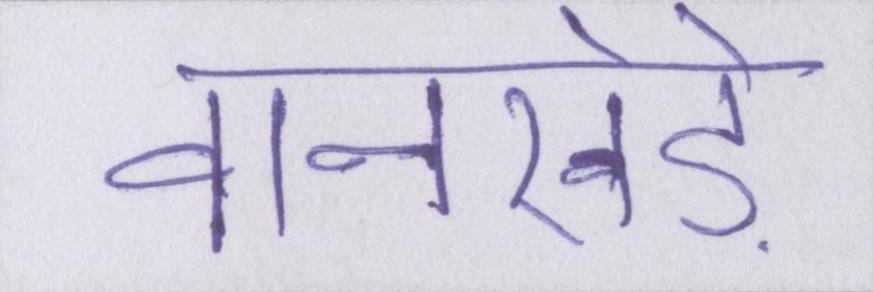
वानखेड़े